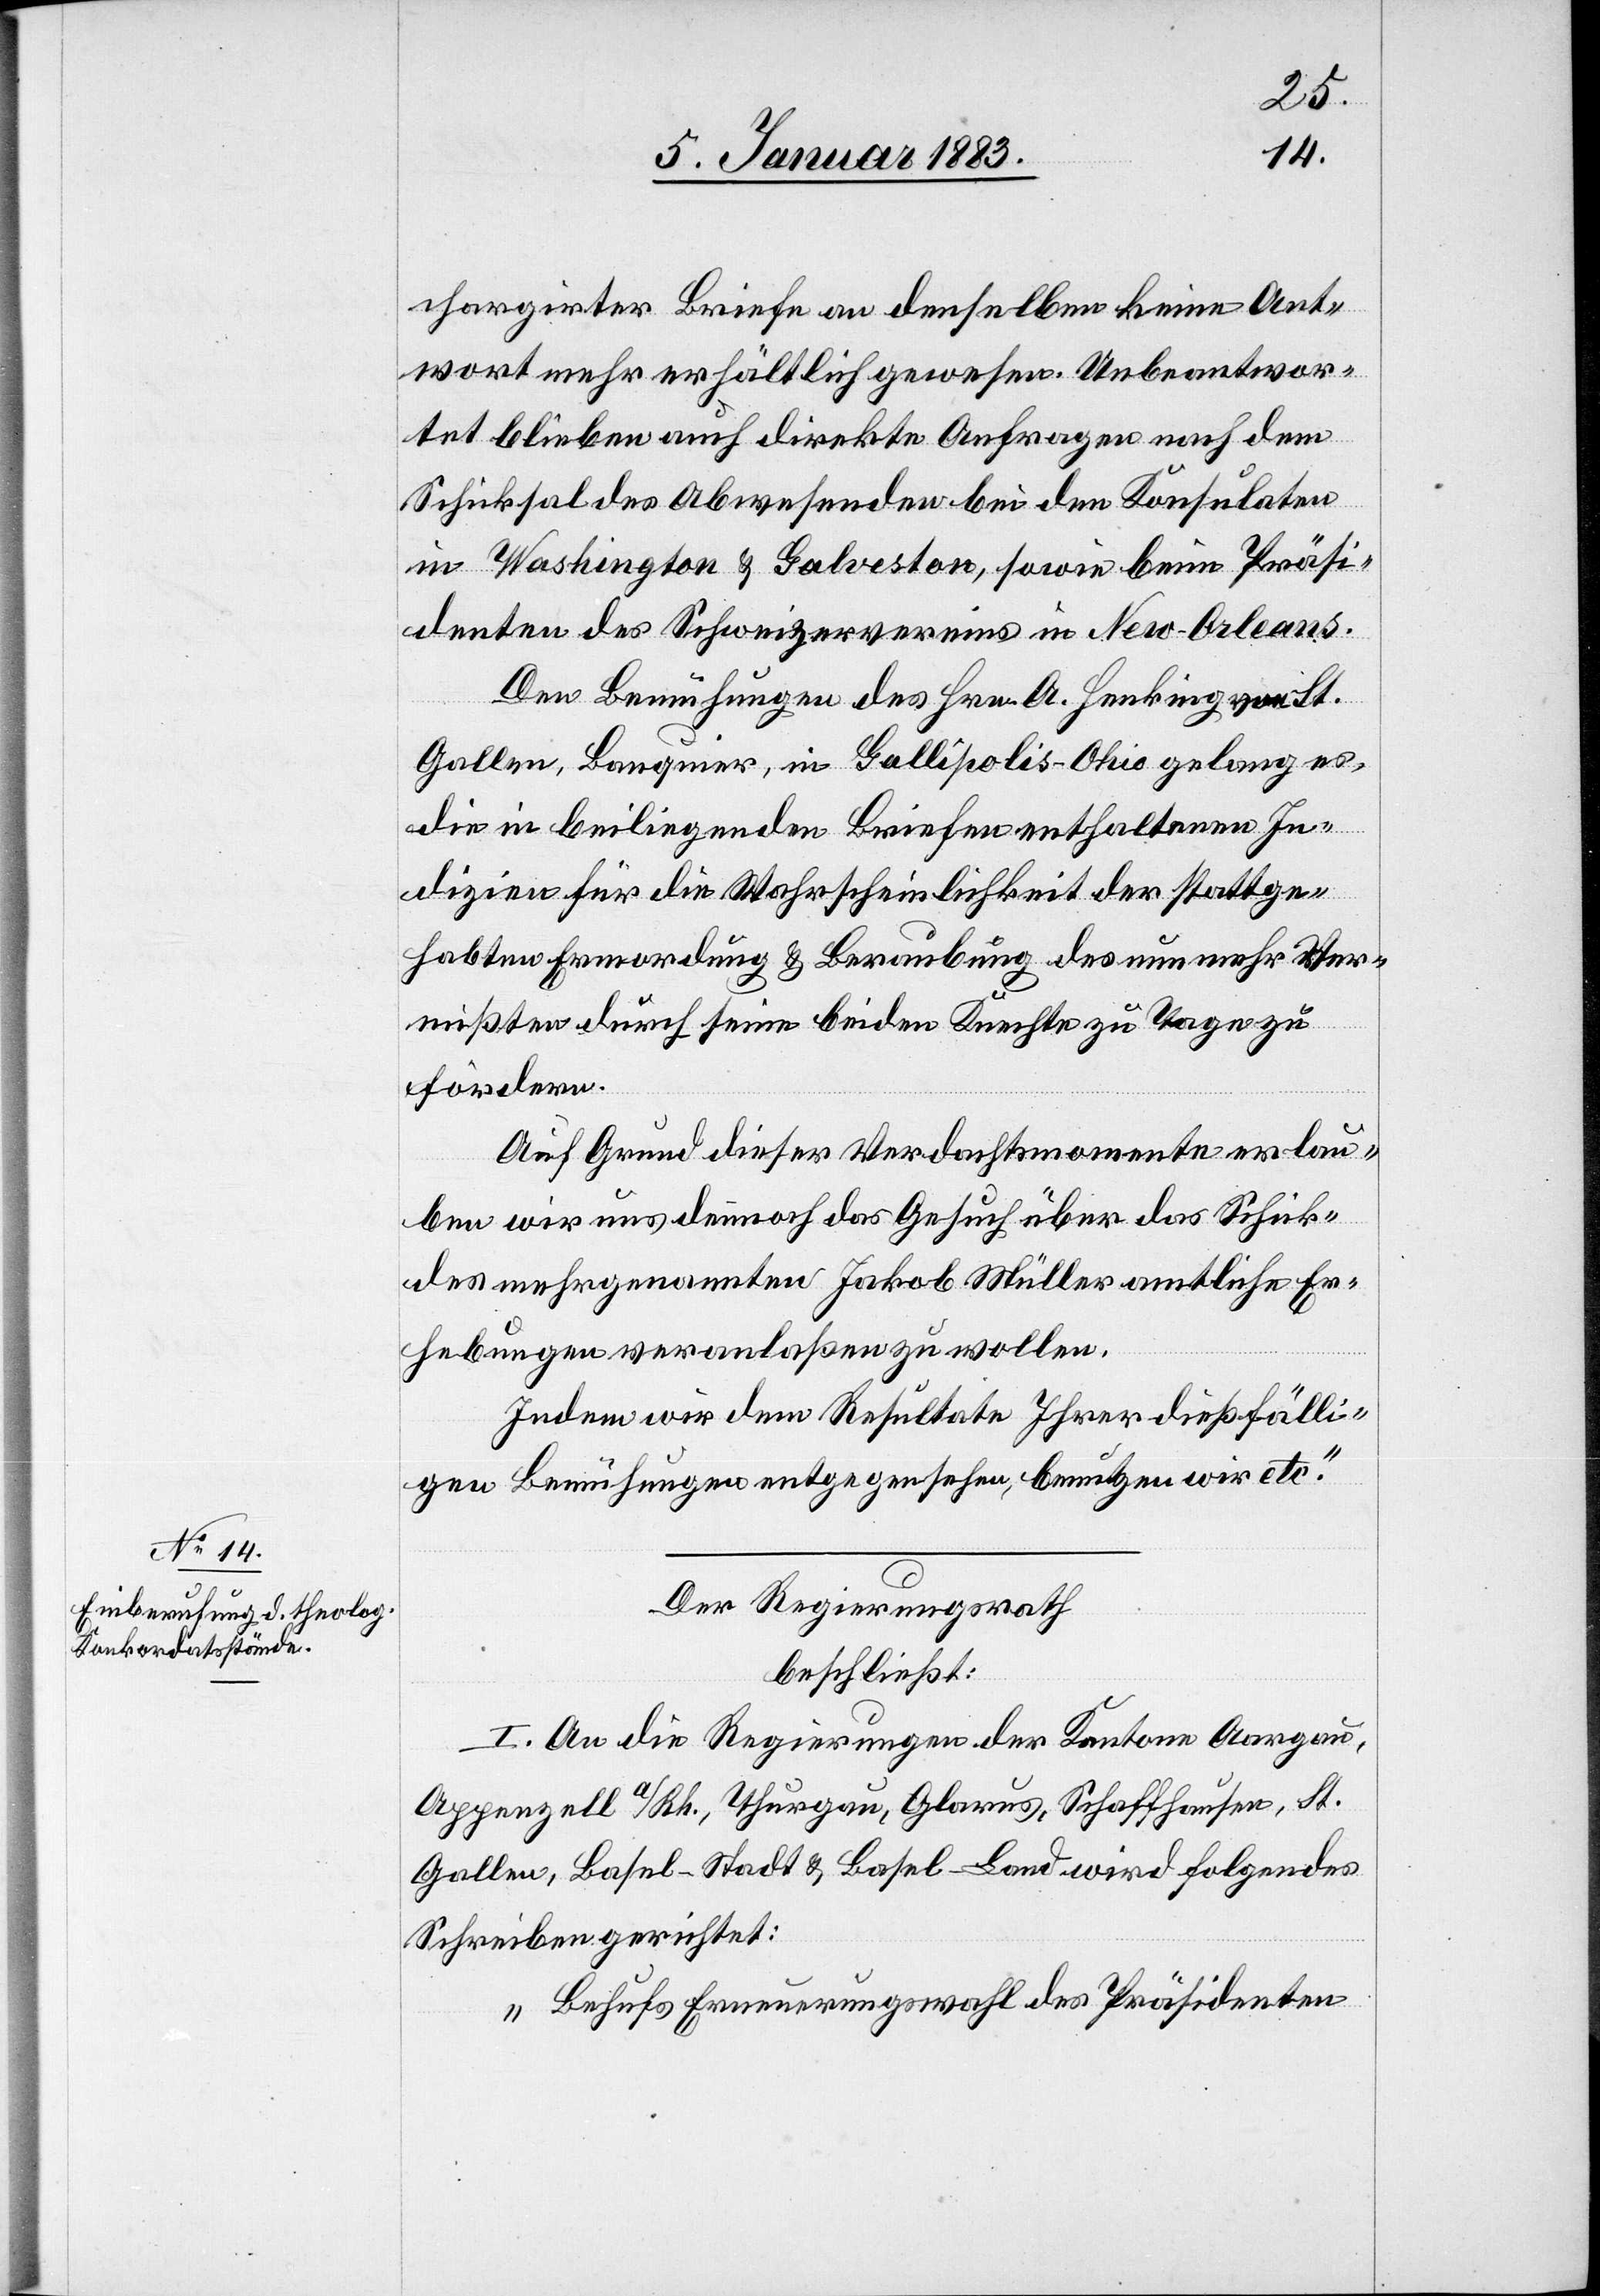
chargirter Briefe an denselben keine Ant¬
wort mehr erhältlich gewesen. Unbeantwor¬
tet blieben auch direkte Anfragen nach dem
Schicksal des Abwesenden bei den Konsulaten
in Washington & Galveston, sowie beim Präsi¬
denten des Schweizervereins in New-Orleans.
Den Bemühungen des Hrn. A. Henking von St.
Gallen, Banquier, in Gallipolis - Ohio gelang es,
die in beiliegenden Briefen enthaltenen In¬
dizien für die Wahrscheinlichkeit der stattge¬
habten Ermordung & Beraubung des nunmehr Ver¬
mißten durch seine beiden Knechte zu Tage zu
fördern.
Auf Grund dieser Verdachtsmomente erlau¬
ben wir uns dennoch das Gesuch über das Schicksal
des mehrgenannten Jakob Müller amtliche Er¬
hebungen veranlaßen zu wollen.
Indem wir dem Resultate Ihrer dießfälli¬
gen Bemühungen entgegensehen, benutzen wir etc.“
Der Regierungsrath
beschließt:
I. An die Regierungen der Kantone Aargau,
Appenzell a/Rh., Thurgau, Glarus, Schaffhausen, St.
Gallen, Basel-Stadt & Basel-Land wird folgendes
Schreiben gerichtet:
„Behufs Erneuerungswahl des Präsidenten